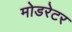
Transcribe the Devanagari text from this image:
मोडरेटर